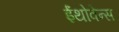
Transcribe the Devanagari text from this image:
ईंथोवेन्स